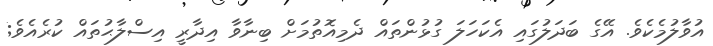
އުވާލުމެކެވެ. އޭގެ ބަދަލުގައި އެކަހަލަ ގުޅުންތައް ދެމިއޮތުމަށް ބިނާވާ އިދާރީ އިސްލާޙުތައް ކުރެއެވެ;